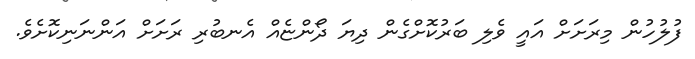
ފުލުހުން މިރަށަށް އައީ ވެލި ބަރުކޮށްގެން ދިޔަ ދޯންޏެއް އެނބުރި ރަށަށް އަންނަނިކޮށެވެ.